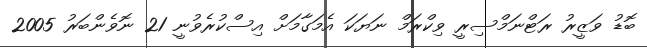
ބޮޑު ވަޒީރު ރަޓްނަމްސިރީ ވިކްރަމް ނަޔަކަ އެމަގާމަށް އިސްކުރެވުނީ 21 ނޮވެންބަރު 2005